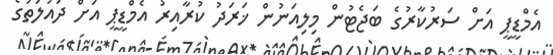
އެމްޑީޕީ އަށް ސަރުކާރުގެ ބަޖެޓުން މިލިއަނުން ޚަރަދު ކުރާއިރު އެމްޑީޕީ އަށް ދައުލަތުގެ